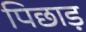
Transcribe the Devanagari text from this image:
पिछाड़